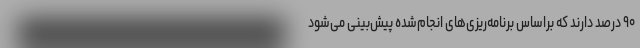
۹۰ درصد دارند که براساس برنامه‌ریزی‌های انجام‌شده پیش‌بینی می‌شود